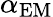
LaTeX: \alpha_{\mathrm{EM}}